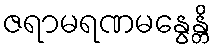
ဇရာမရဏမနွေန္တိ